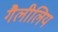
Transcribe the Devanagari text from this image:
गैलीलिय